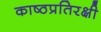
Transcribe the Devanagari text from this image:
काष्ठप्रतिरक्षी